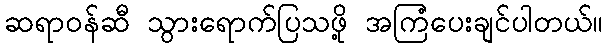
ဆရာဝန်ဆီ သွားရောက်ပြသဖို့ အကြံပေးချင်ပါတယ်။